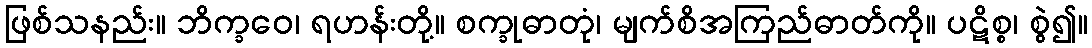
ဖြစ်သနည်း။ ဘိက္ခဝေ၊ ရဟန်းတို့။ စက္ခုဓာတုံ၊ မျက်စိအကြည်ဓာတ်ကို။ ပဋိစ္စ၊ စွဲ၍။